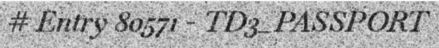
# Entry 80571 - TD3_PASSPORT